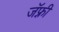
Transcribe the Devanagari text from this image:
जॅफ़्री